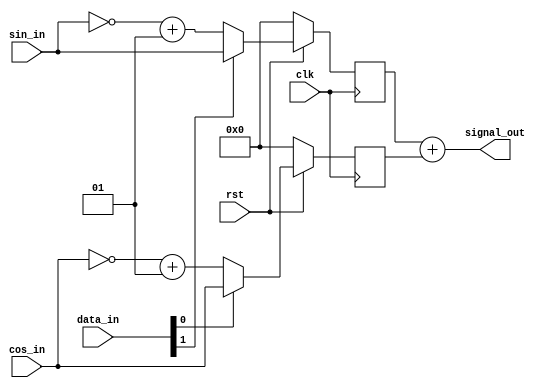
module qam_mixer(
  input clk,
  input rst,
  input signed [1:0] data_in,
  input signed [7:0] sin_in,
  input signed [7:0] cos_in,
  output signed [7:0] signal_out
  );

  reg signed [7:0] cos_part;
  reg signed [7:0] sin_part;

  always@(posedge clk)
  begin
    if (~rst)
    begin
      sin_part = 0;
      cos_part = 0;
    end
    else
    begin
      if (data_in[1] == 0) sin_part = ~sin_in + 1;
      if (data_in[1] == 1) sin_part = sin_in;
      if (data_in[0] == 0) cos_part = ~cos_in + 1;
      if (data_in[0] == 1) cos_part = cos_in;
    end
  end //end always@(posedge clk)

  assign signal_out = sin_part + cos_part;

  endmodule